Civil Veterinary Department. United Provinces 1932-42 - 1932-1942
Year: 1932
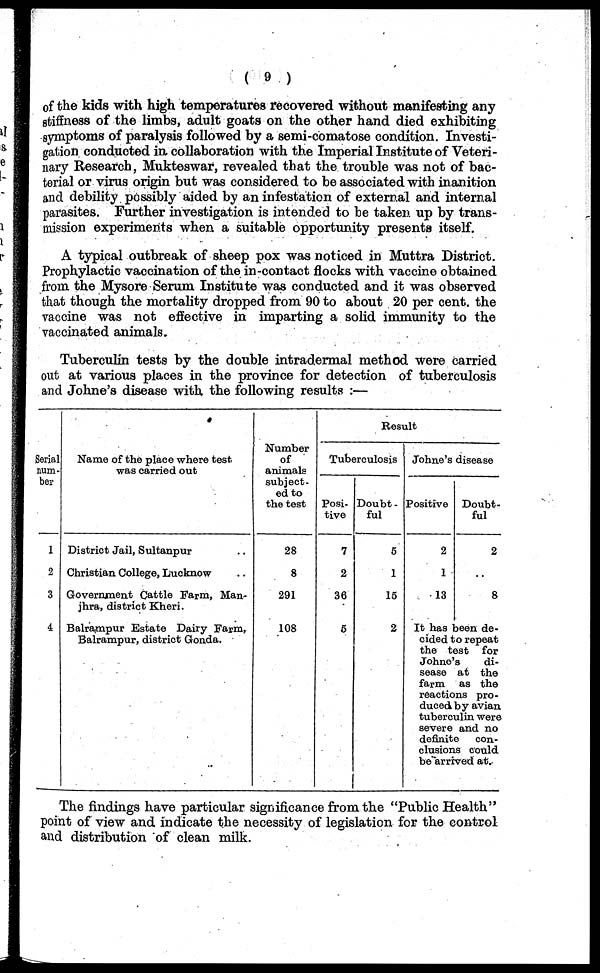
(9)
of the kids with high temperatures recovered without manifesting any
stiffness of the limbs, adult goats on the other hand died exhibiting
symptoms of paralysis followed by a semi-comatose condition. Investi-
gation conducted in. collaboration with the Imperial Institute of Veteri-
nary Research, Mukteswar, revealed that the trouble was not of bac-
terial or virus origin but was considered to be associated with inanition
and debility possibly aided by an infestation of external and internal
parasites. Further investigation is intended to be taken up by trans-
mission experiments when a suitable opportunity presents itself.
A typical outbreak of sheep pox was noticed in Muttra District.
Prophylactic vaccination of the in-contact flocks with vaccine obtained
from the Mysore Serum Institute was conducted and it was observed
that though the mortality dropped from 90 to about 20 per cent. the
vaccine was not effective in imparting a solid immunity to the
vaccinated animals.
Tuberculin tests by the double intradermal method were carried
out at various places in the province for detection of tuberculosis
and Johne's disease with the following results:—
Serial
num-
ber
1
2
3
4
Name of the place where test.
was carried out
District Jail, Sultanpur ..
Christian College, Lucknow ..
Government Cattle Farm, Man-
jhra, district Kheri.
Balrarapur Estate Dairy Farm,
Balrampur, district Gonda.
Number
of
animals
subject-
ed to
the test
28
8
291
108
Result
Tuberculosis
Posi-
tive
7
2
36
5
Doubt-
ful
5
1
15
2
Johne's disease
Positive
2
1
13
Doubt-
ful
2
..
8
It has been de-
cided to repeat
the test
for
Johne's
di-
sease at the
farm as the
reactions pro-
duced by avian
tuberculin were
severe and no
definite
con-
clusions could
be arrived at.
The findings have particular significance from the "Public Health"
point of view and indicate the necessity of legislation for the control
and distribution of clean milk.